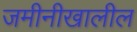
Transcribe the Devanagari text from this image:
जमीनीखालील